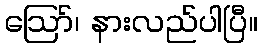
ဪ၊ နားလည်ပါပြီ။